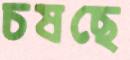
চষছে